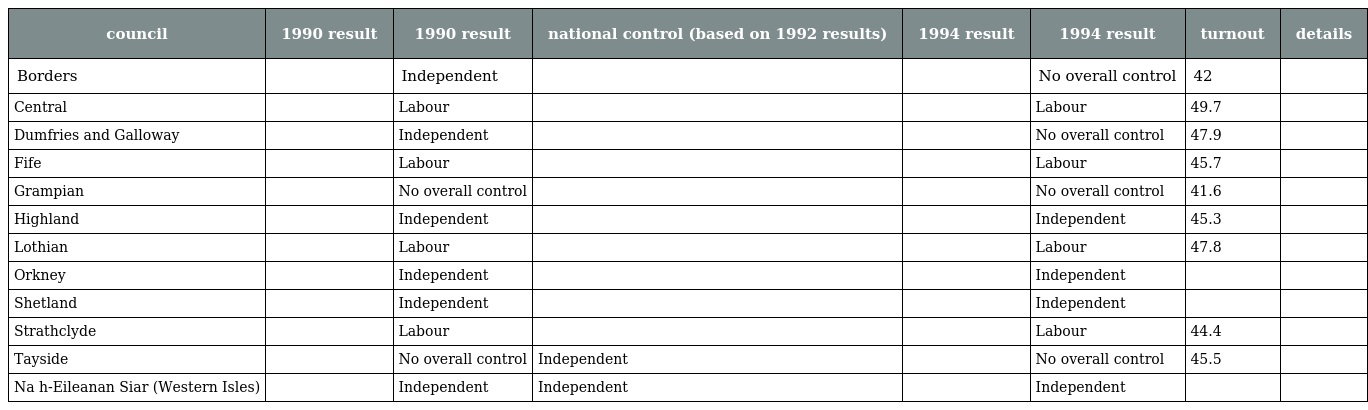
| council | 1990 result | 1990 result | national control (based on 1992 results) | 1994 result | 1994 result | turnout | details |
 | --- | --- | --- | --- | --- | --- | --- | --- |
 | Borders |  | Independent |  |  | No overall control | 42 |  |
 | Central |  | Labour |  |  | Labour | 49.7 |  |
 | Dumfries and Galloway |  | Independent |  |  | No overall control | 47.9 |  |
 | Fife |  | Labour |  |  | Labour | 45.7 |  |
 | Grampian |  | No overall control |  |  | No overall control | 41.6 |  |
 | Highland |  | Independent |  |  | Independent | 45.3 |  |
 | Lothian |  | Labour |  |  | Labour | 47.8 |  |
 | Orkney |  | Independent |  |  | Independent |  |  |
 | Shetland |  | Independent |  |  | Independent |  |  |
 | Strathclyde |  | Labour |  |  | Labour | 44.4 |  |
 | Tayside |  | No overall control | Independent |  | No overall control | 45.5 |  |
 | Na h-Eileanan Siar (Western Isles) |  | Independent | Independent |  | Independent |  |  |